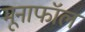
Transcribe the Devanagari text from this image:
मूनाफॉल